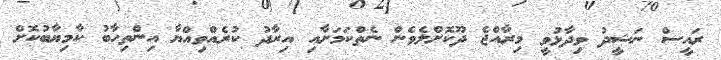
ރައީސް ނަޝީދު ވިދާޅުވީ މިރާއްޖެ ދޫކޮށްލެވެން ނެތްކަމަށާއި އިރާދު ކުރެއްވިއްޔާ އިންތިހާބު ކާމިޔާބުކޮށް